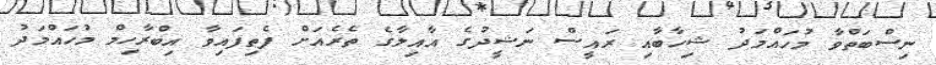
ނިސްބަތްވާ މުހައްމަދު ޝިހާބާއި ރައީސް ނަޝީދުގެ އާއިލާގެ ތެރެއަށް ފެތިފައިވާ އިބްރާހިމް މުހައްމަދު